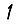
Digit: 1